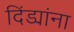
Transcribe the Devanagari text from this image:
दिंड्यांना